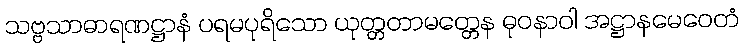
သဗ္ဗသာဓာရဏဋ္ဌာနံ ပရမပုရိသော ယုတ္တတာမတ္တေန ဓုဝနာဝါ အဋ္ဌာနမေဝေတံ